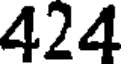
424